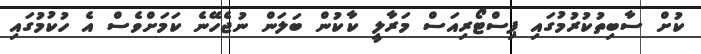
ކުށް ސާބިތުކުރުމުގައި ޕިސްޓޯރިއަސް މަރާލީ ކާކުން ބަލަން ނުޖެހޭނެ ކަމަށްވެސް އެ ހުކުމުގައި